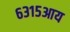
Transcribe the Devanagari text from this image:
६३१५आय